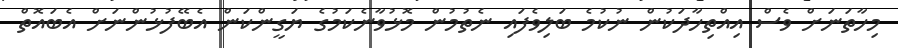
މިހާތަނަށް ވެސް އިއްތިހާދަކުން ނުކުމެ ބަލިވެފައި ނެތުމުން މޮޅުވާނެކަމުގެ ޔަގީންކަން އެބޭފުޅުންނަށް އެބައޮތް